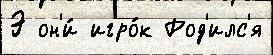
Э он'и́ игро́к Род'илс'я